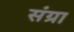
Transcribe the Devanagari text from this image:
संग्रा